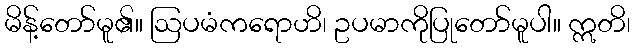
မိန့်တော်မူ၏။ ဩပမံကရောဟိ၊ ဥပမာကိုပြုတော်မူပါ။ ဣတိ၊